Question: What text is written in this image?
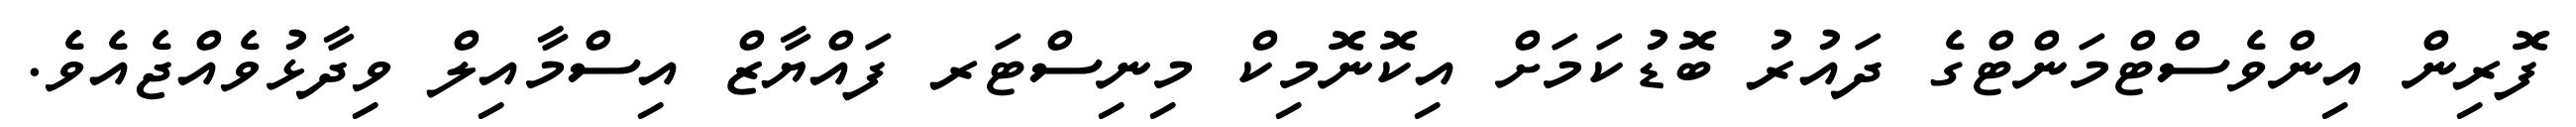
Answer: ފޮރިން އިންވެސްޓްމަންޓްގެ ދައުރު ބޮޑުކަމަށް އިކޮނޮމިކް މިނިސްޓަރ ފައްޔާޒް އިސްމާއިލް ވިދާޅުވެއްޖެއެވެ.